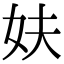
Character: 妋